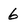
Character: 6